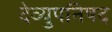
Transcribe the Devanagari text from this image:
देव्युपनिषद